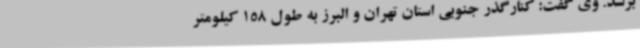
برسد. وی گفت: کنارگذر جنوبی استان تهران و البرز به طول 158 کیلومتر